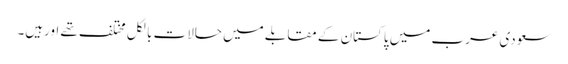
سعودی عرب میں پاکستان کے مقابلے میں حالات بالکل مختلف تھے اورہیں۔